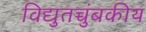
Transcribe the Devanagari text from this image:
विद्युतच्चुंबकीय